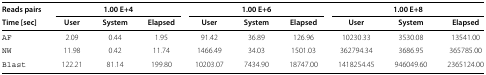
<table><thead><tr><td><b>Reads pairs</b></td><td colspan="3"><b>1.00 E+4</b></td><td colspan="3"><b>1.00 E+6</b></td><td colspan="3"><b>1.00 E+8</b></td></tr><tr><td><b>Time [sec]</b></td><td><b>User</b></td><td><b>System</b></td><td><b>Elapsed</b></td><td><b>User</b></td><td><b>System</b></td><td><b>Elapsed</b></td><td><b>User</b></td><td><b>System</b></td><td><b>Elapsed</b></td></tr></thead><tbody><tr><td>AF</td><td>2.09</td><td>0.44</td><td>1.95</td><td>91.42</td><td>36.89</td><td>126.96</td><td>10230.33</td><td>3530.08</td><td>13541.00</td></tr><tr><td>NW</td><td>11.98</td><td>0.42</td><td>11.74</td><td>1466.49</td><td>34.03</td><td>1501.03</td><td>362794.34</td><td>3686.95</td><td>365785.00</td></tr><tr><td>Blast</td><td>122.21</td><td>81.14</td><td>199.80</td><td>10203.07</td><td>7434.90</td><td>18747.00</td><td>1418254.45</td><td>946049.60</td><td>2365124.00</td></tr></tbody></table>